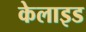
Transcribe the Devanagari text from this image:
केलाइड